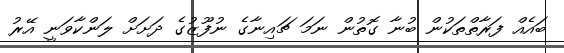
ބައެއް ފަރާތްތަކުން ބުނާ ގޮތުން ނަމަ ޗައިނާގެ ނުފޫޒުގެ ދަށަށް ލަންކާވަނީ އޭރު